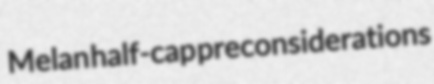
Melan half-cap preconsiderations